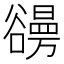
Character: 𧯐